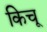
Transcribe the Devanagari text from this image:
किचू